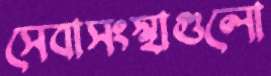
সেবাসংস্থাগুলো